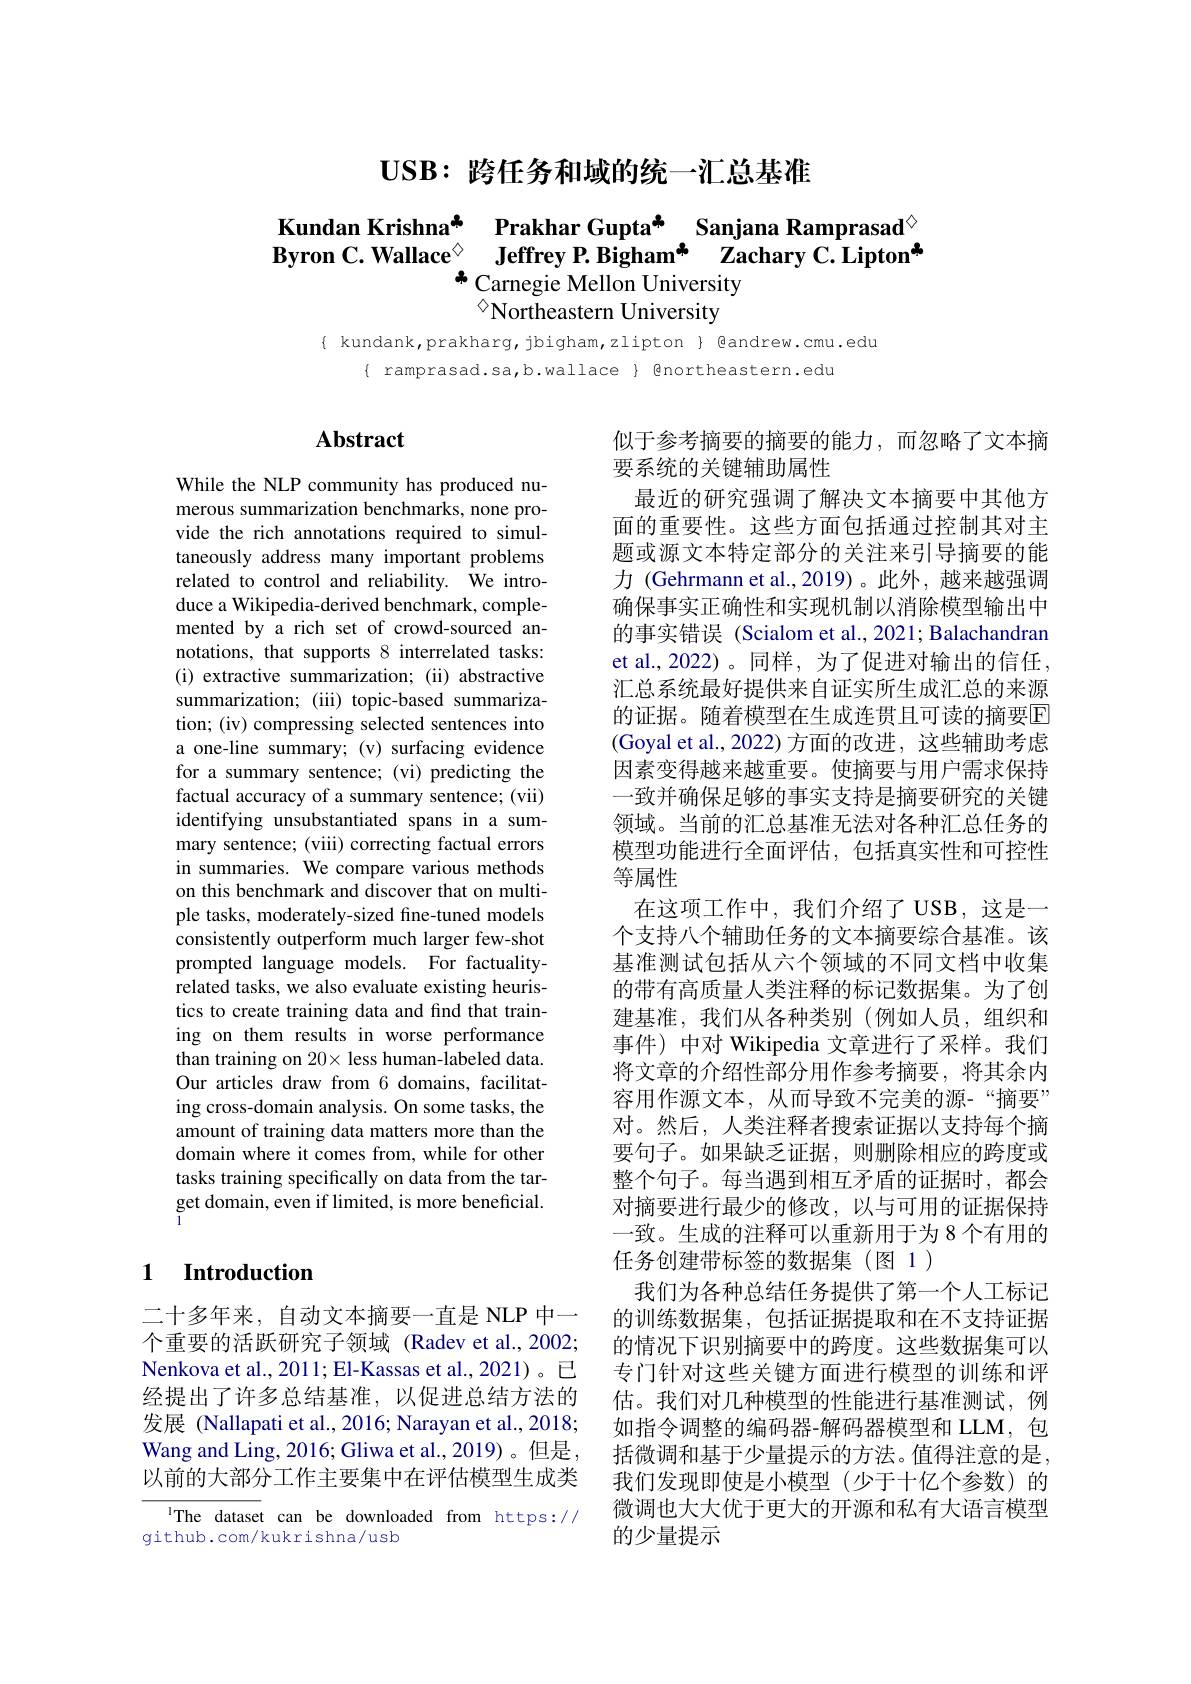
$\mathbf{USB:~}$跨任务和域的统一汇总基准

# $\begin{array}{cc}\text{Kundan Krishna*}&\text{Prakhar Gupta* Sanjana Ramprasad}^{\textcircled{\circ}}\\\text{Byron C. Wallace}^{\textcircled{\circ}}&\textbf{Jeffrey P. Bigham* Zachary C.Lipton}^{\textcircled{\circ}}\end{array}$ +Carnegie Mellon University $^{\diamond}$Northeastern University

$\{$ kundank,prakharg, jbigham,zlipton $\}$ @andrew.cmu.edu
$\{ ramprasad.sa,b.wallace 9northeastern.edu$

## $\mathbf{Abstract}$

While the NLP community has produced numerous summarization benchmarks, none provide the rich annotations required to simultaneously address many important problems related to control and reliability. We introduce a Wikipedia-derived benchmark, complemented by a rich set of crowd-sourced annotations, that supports 8 interrelated tasks: (i) extractive summarization; (ii) abstractive summarization; (iii) topic-based summarization; (iv) compressing selected sentences into a one-line summary; (v) surfacing evidence for a summary sentence; (vi) predicting the factual accuracy of a summary sentence; (vii) identifying unsubstantiated spans in a summary sentence; (viii) correcting factual errors in summaries. We compare various methods on this benchmark and discover that on multiple tasks, moderately-sized fine-tuned models consistently outperform much larger few-shot prompted language models. For factualityrelated tasks, we also evaluate existing heuristics to create training data and find that training on them results in worse performance than training on 20× less human-labeled data. Our articles draw from 6 domains, facilitating cross-domain analysis. On some tasks, the amount of training data matters more than the domain where it comes from, while for other tasks training specifically on data from the target domain, even if limited, is more beneficial.

## 1 $\textbf{Introduction}$

二十多年来，自动文本摘要一直是 NLP 中一个重要的活跃研究子领域 (Radev et al.,2002; Nenkova et al., 2011; El-Kassas et al., 2021)。已经提出了许多总结基准，以促进总结方法的发展 (Nallapati et al., 2016; Narayan et al., 2018; Wang and Ling, 2016; Gliwa et al., 2019)。但是以前的大部分工作主要集中在评估模型生成类

The dataset can be downloaded from https://
github.com/kukrishna/usb

似于参考摘要的摘要的能力，而忽略了文本摘
要系统的关键辅助属性
最近的研究强调了解决文本摘要中其他方面的重要性。这些方面包括通过控制其对主题或源文本特定部分的关注来引导摘要的能力 (Gehrmann et al.,2019)。此外，越来越强调确保事实正确性和实现机制以消除模型输出中的事实错误 (Scialom et al., 2021; Balachandran et al.,2022)。同样，为了促进对输出的信任， 汇总系统最好提供来自证实所生成汇总的来源的证据。随着模型在生成连贯且可读的摘要$\overline{\mathrm{E}}$ (Goyal et al., 2022) 方面的改进，这些辅助考虑因素变得越来越重要。使摘要与用户需求保持一致并确保足够的事实支持是摘要研究的关键领域。当前的汇总基准无法对各种汇总任务的模型功能进行全面评估，包括真实性和可控性等属性
在这项工作中，我们介绍了 USB,这是一个支持八个辅助任务的文本摘要综合基准。该基准测试包括从六个领域的不同文档中收集的带有高质量人类注释的标记数据集。为了创建基准，我们从各种类别(例如人员，组织和事件)中对 Wikipedia 文章进行了采样。我们将文章的介绍性部分用作参考摘要，将其余内容用作源文本，从而导致不完美的源-“摘要” 对。然后，人类注释者搜索证据以支持每个摘要句子。如果缺乏证据，则删除相应的跨度或整个句子。每当遇到相互矛盾的证据时，都会对摘要进行最少的修改，以与可用的证据保持一致。生成的注释可以重新用于为8个有用的任务创建带标签的数据集(图 1)
我们为各种总结任务提供了第一个人工标记的训练数据集，包括证据提取和在不支持证据的情况下识别摘要中的跨度。这些数据集可以专门针对这些关键方面进行模型的训练和评估。我们对几种模型的性能进行基准测试，例如指令调整的编码器-解码器模型和 LLM,包括微调和基于少量提示的方法。值得注意的是， 我们发现即使是小模型(少于十亿个参数)的微调也大大优于更大的开源和私有大语言模型的少量提示